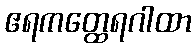
ဧရကတ္ထေရဂါထာ